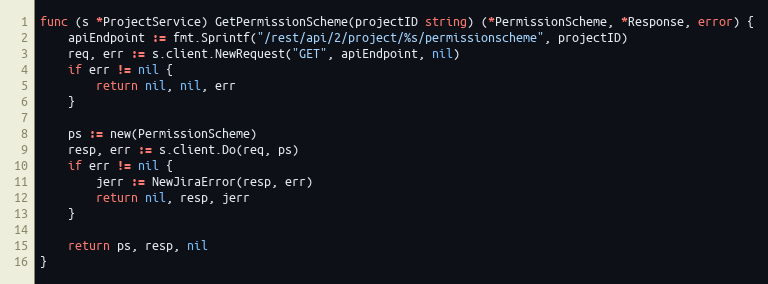
Language: Go
func (s *ProjectService) GetPermissionScheme(projectID string) (*PermissionScheme, *Response, error) {
	apiEndpoint := fmt.Sprintf("/rest/api/2/project/%s/permissionscheme", projectID)
	req, err := s.client.NewRequest("GET", apiEndpoint, nil)
	if err != nil {
		return nil, nil, err
	}

	ps := new(PermissionScheme)
	resp, err := s.client.Do(req, ps)
	if err != nil {
		jerr := NewJiraError(resp, err)
		return nil, resp, jerr
	}

	return ps, resp, nil
}